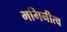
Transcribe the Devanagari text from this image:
भगिनीत्व